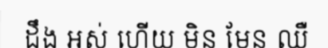
ដឹង អស់ ហើយ មិន មែន ឈឺ